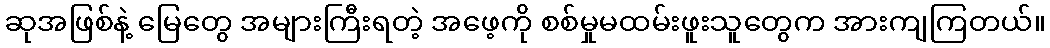
ဆုအဖြစ်နဲ့ မြေတွေ အများကြီးရတဲ့ အဖေ့ကို စစ်မှုမထမ်းဖူးသူတွေက အားကျကြတယ်။